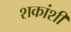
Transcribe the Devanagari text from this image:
शकांशी